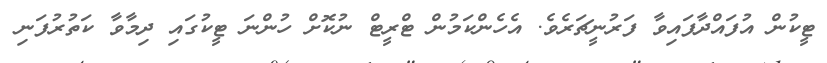
ޓީކުން އުފައްދާފައިވާ ފަރުނީޗަރެވެ. އެހެންކަމުން ޓްރީޓް ނުކޮށް ހުންނަ ޓީކުގައި ދިމާވާ ކަތުރުފަނި